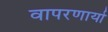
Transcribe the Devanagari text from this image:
वापरणार्या